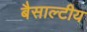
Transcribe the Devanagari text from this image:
बैसाल्टीय